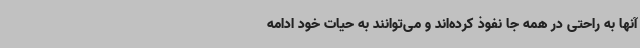
آنها به راحتی در همه جا نفوذ کرده‌اند و می‌توانند به حیات خود ادامه